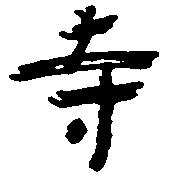
寺